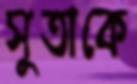
সুতাকে